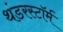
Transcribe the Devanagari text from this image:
थंडरस्टॉर्म